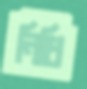
নিধি